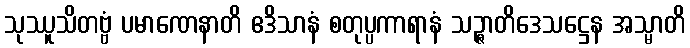
သုဿူသိတဗ္ဗံ ပမာဏေနာတိ ဧဒိသာနံ စတုပ္ပကာရာနံ သဉ္ဇာတိဒေသဋ္ဌေန အသ္မာတိ